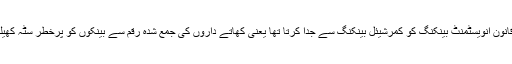
بنیادی طور پر یہ قانون انویسٹمنٹ بینکنگ کو کمرشیئل بینکنگ سے جدا کرتا تھا یعنی کھاتے داروں کی جمع شدہ رقم سے بینکوں کو پُرخطر سٹہ کھیلنے سے روکتا تھا۔